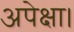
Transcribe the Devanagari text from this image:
अपेक्षा।